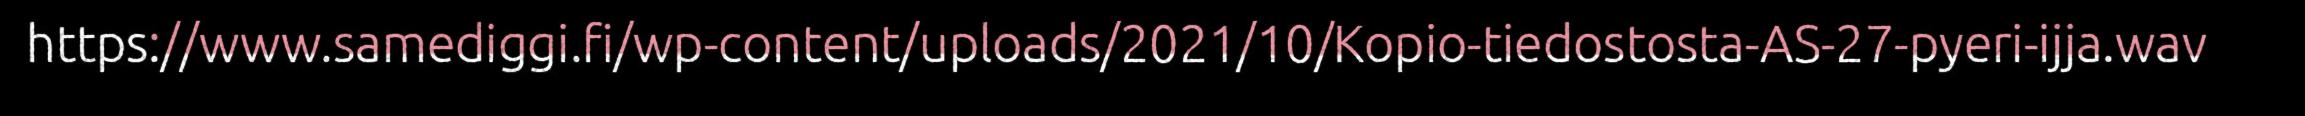
https://www.samediggi.fi/wp-content/uploads/2021/10/Kopio-tiedostosta-AS-27-pyeri-ijja.wav